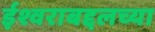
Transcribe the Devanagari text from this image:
ईश्वराबद्दलच्या